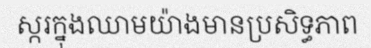
ស្ករក្នុងឈាមយ៉ាងមានប្រសិទ្ធភាព